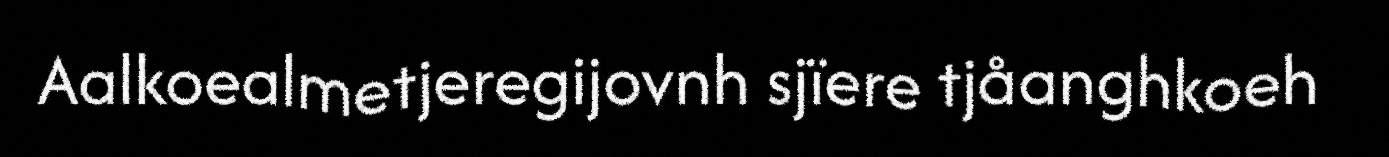
Aalkoealmetjeregijovnh sjïere tjåanghkoeh